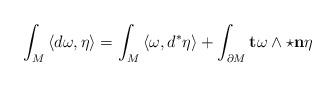
LaTeX: \begin{align*}\int_M \left\langle d \omega , \eta \right\rangle = \int_M \left\langle \omega , d^* \eta \right\rangle + \int_{\partial M} \mathbf{t} \omega \wedge \star \mathbf{n}\eta \end{align*}